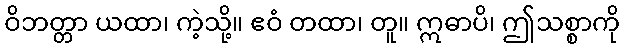
ဝိဘတ္တာ ယထာ၊ ကဲ့သို့။ ဧဝံ တထာ၊ တူ။ ဣဓာပိ၊ ဤသစ္စာကို